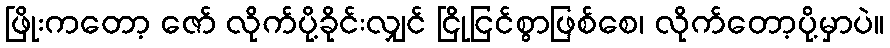
ဖြိုးကတော့ ဇော် လိုက်ပို့ခိုင်းလျှင် ငြိုငြင်စွာဖြစ်စေ၊ လိုက်တော့ပို့မှာပဲ။